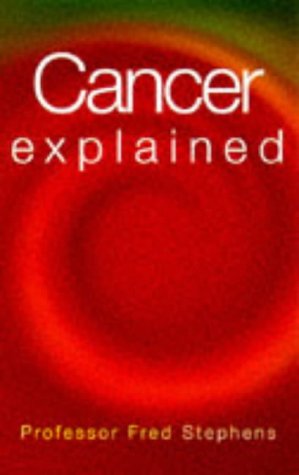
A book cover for Cancer Explained; Fred Stephens; Health, Fitness & Dieting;